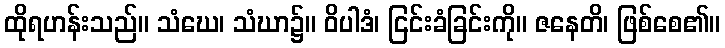
ထိုရဟန်းသည်။ သံဃေ၊ သံဃာ၌။ ဝိပါဒံ၊ ငြင်းခံခြင်းကို။ ဇနေတိ၊ ဖြစ်စေ၏။